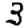
Digit: 3